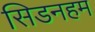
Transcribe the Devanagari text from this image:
सिडनहम